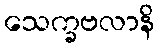
သေက္ခဗလာနိ